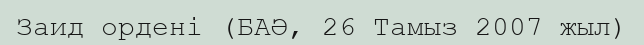
Заид ордені (БАӘ, 26 Тамыз 2007 жыл)